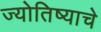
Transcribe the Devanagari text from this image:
ज्योतिष्याचे